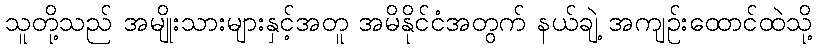
သူတို့သည် အမျိုးသားများနှင့်အတူ အမိနိုင်ငံအတွက် နယ်ချဲ့ အကျဉ်းထောင်ထဲသို့